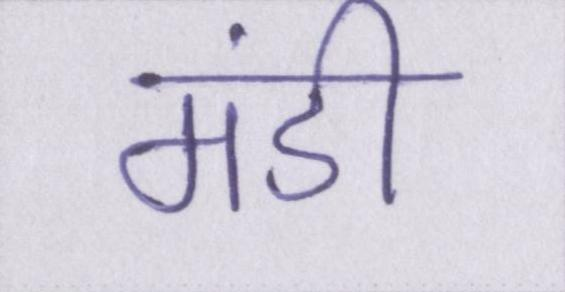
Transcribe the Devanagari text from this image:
मंडी